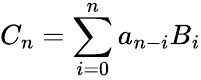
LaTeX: C_{n}=\sum_{i=0}^{n}a_{n-i}B_{i}